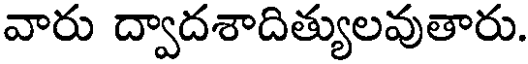
వారు ద్వాదశాదిత్యులవుతారు.